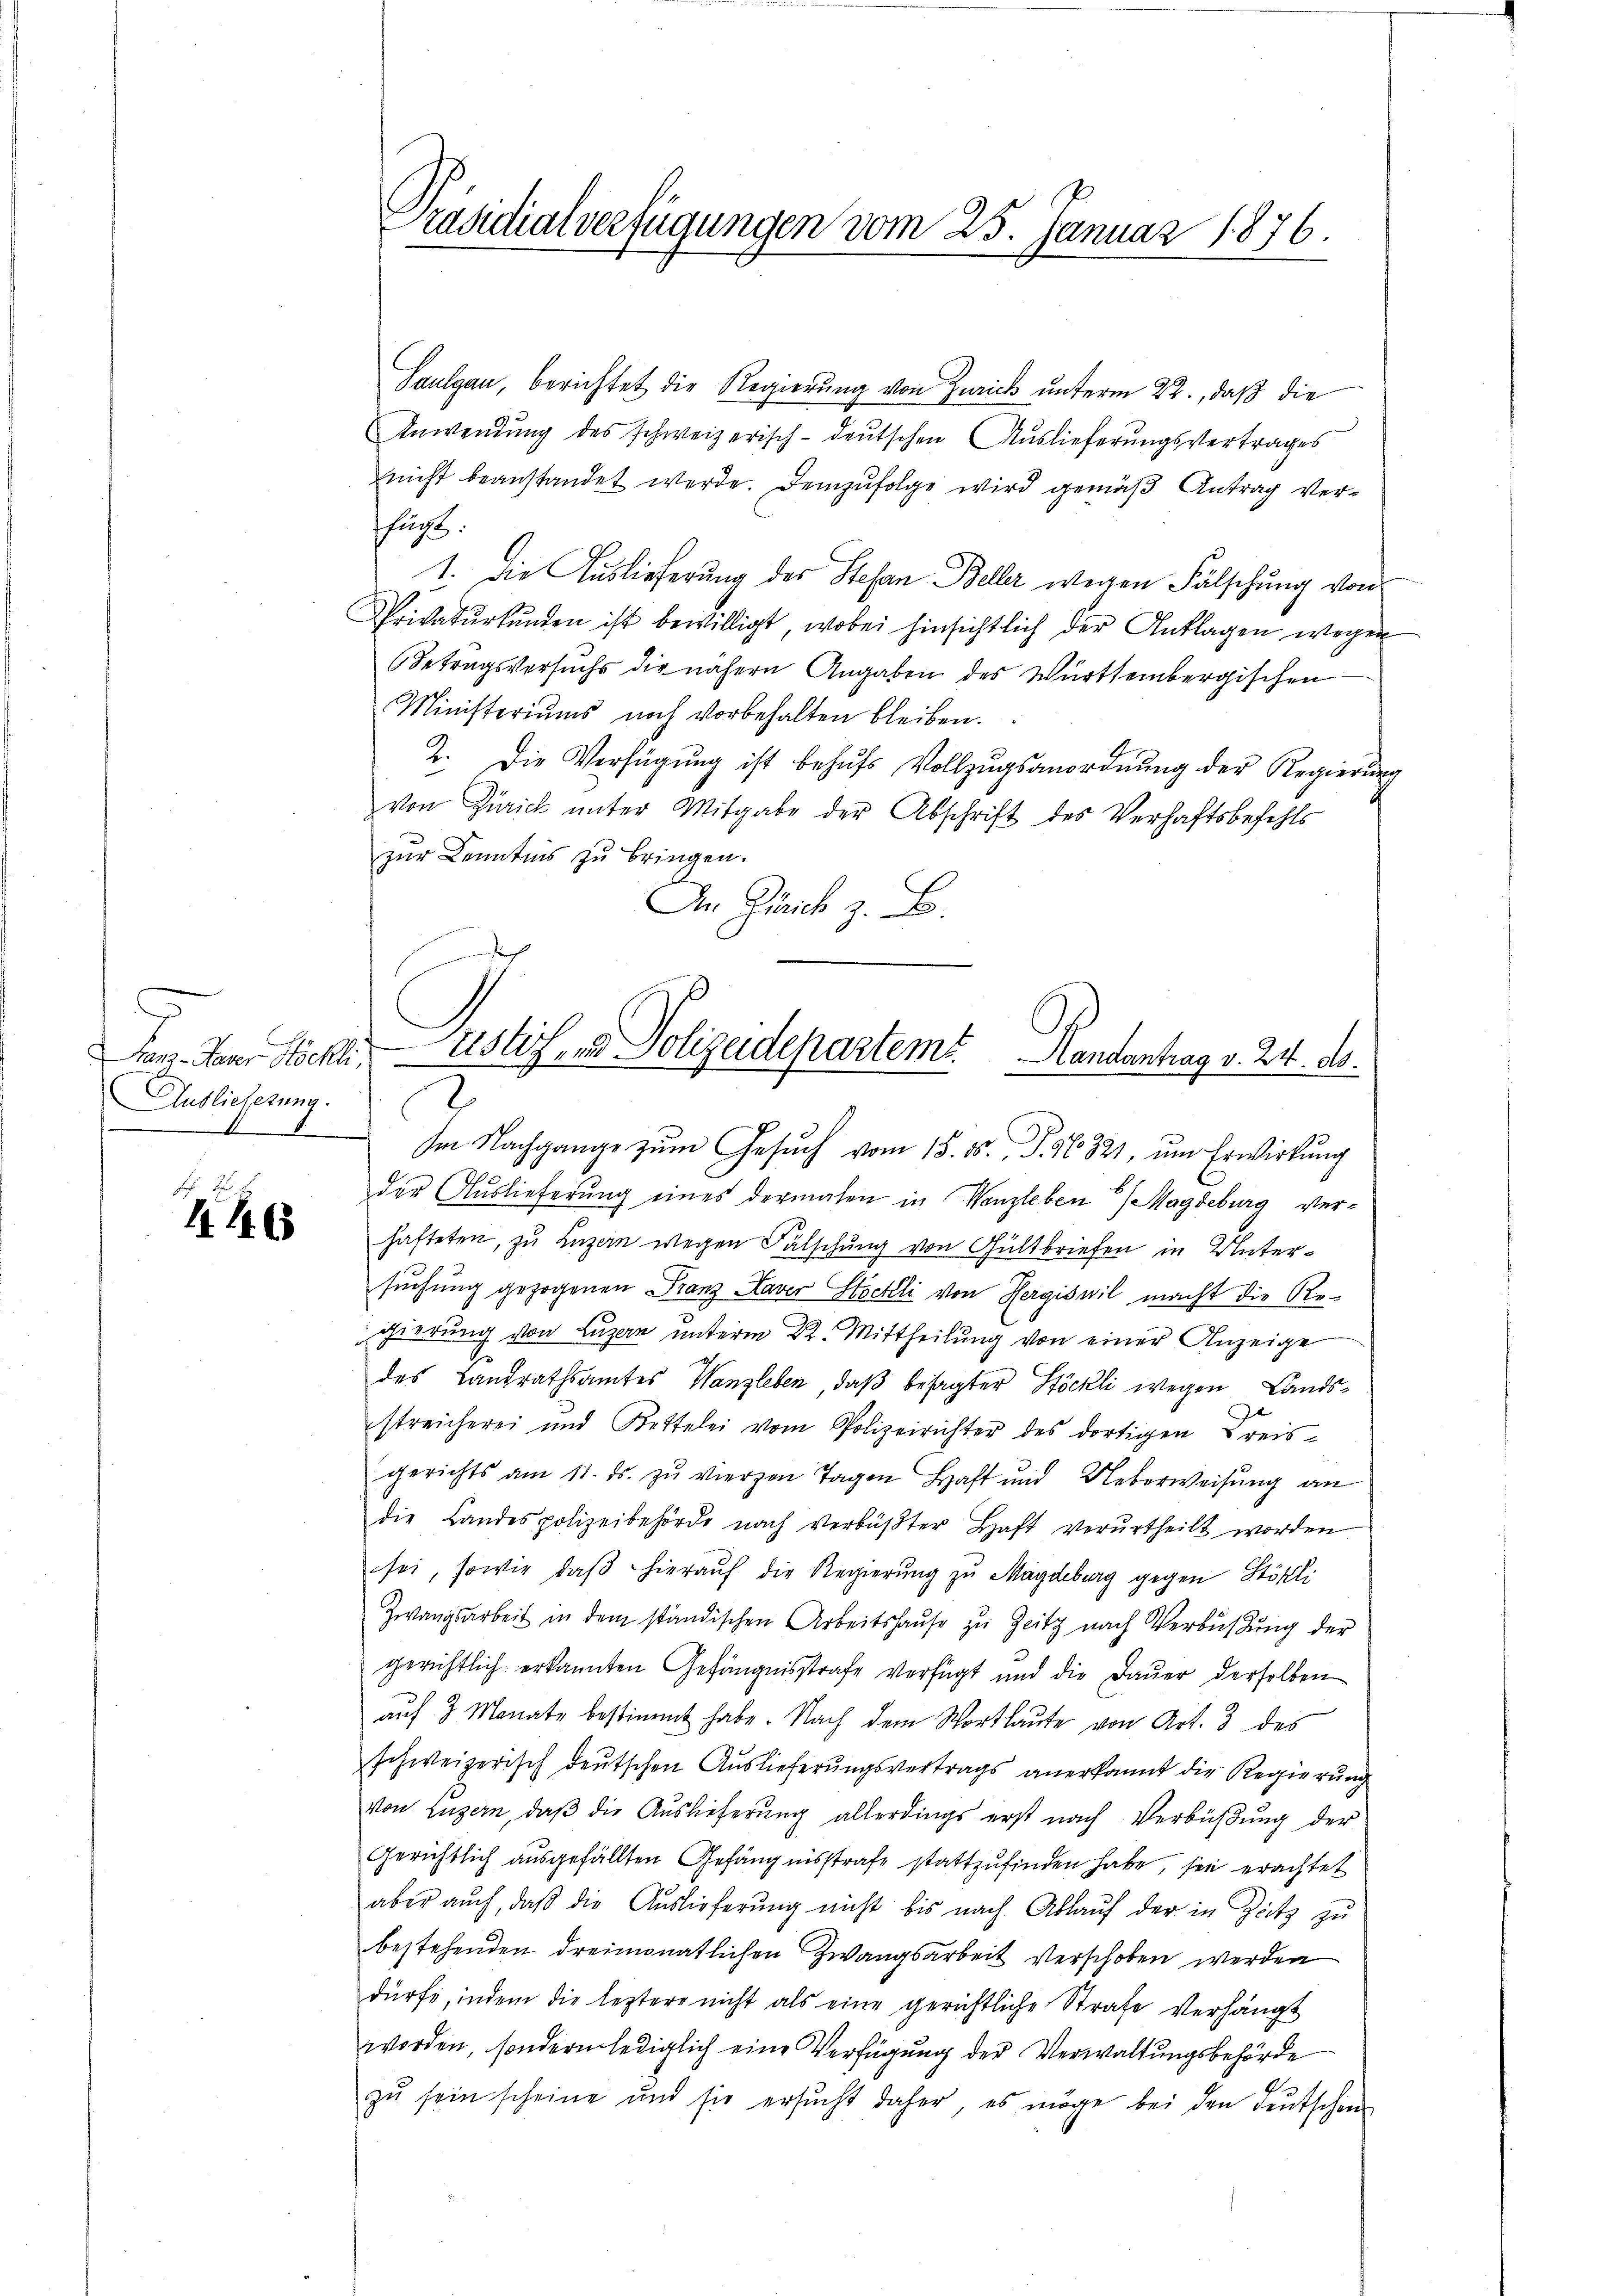
Tanz-Daver Höchli,
Auslieferung.
8

4. 46

Saulgau, berichtet die Regierung von Zürich unterm 22., daß die
Anwendung des schweizerisch-deutschen Auslieferungsvertrages
nicht beanstandet werde. Demzufolge wird gemäß Antrag verfuchs.
1. Die Auslieferung des Stefan Beller wegen Fälschung von
Privatŭrkŭnden ist bewilligt, wobei hinsichtlich der Anklagen wegen
Betragsversuchs die nähern Angaben des Württembergischen
Ministeriums noch vorbehalten bleiben.
2. Die Verfügŭng ist behŭfs Vollzŭgsanordnŭng der Regierŭng
von Zürich ŭnter Mitgabe der Abschrift des Verhaftsbefehls
zur Kenntnis zu bringen.
An Zürich z. B.

Präsidialverfügungen vom 25. Januar 1876.

der Auslieferung eines dermalen in Wanzleben Magdeburg verhafteten, zu Luzern wegen Fälschung von Gültbriefen in Untersuchung gezogenen Franz Haver Stöckli von Hergiswil macht die Regierung von Luzern unterm 22. Mittheilung von einer Anzeige
des Landrathsamtes Wanzleben, daβ besagter Höckli wegen Lands¬
.
streicherei und Kettelei vom Polizeirichter des dortigen Kreisgerichts am 11. ds. zŭ vierzen Tagen Haft und Ueberweisŭng an
die Landespolizeibehörde nach verbŭβter Haft verurtheilt worden
sei, sowie daβ hieraŭf die Regierŭng zu Magdeburg gegen Stökli
Zwangsarbeit in dem ständischen Arbeitshaŭse zu Zeitz nach Verbüßung der
gerichtlich erkannten Gefängnisstrafe verfügt und die Dauer derselben
auf 3 Monate bestimmt habe. Nach dem Wortlaute von Art. 3 des
schweizerisch deutschen Auslieferungsvertrags anerkannt die Regierung
von Luzern, daβ die Auslieferung allerdings erst nach Verbüßung der
Gerichtlich ausgefällten Gefängnisstrafe stattzufinden habe, sie erachtet
aber auch, daβ die Auslieferŭng nicht bis nach Ablaŭf der in Zeitz zŭ
bestehenden dreimonatlichen Zwangsarbeit verschoben werden
dürfe, indem die leztere nicht als eine gerichtliche Strafe Verhängt
worden, sondern lediglich eine Verfügung der Verwaltungsbehörde
d
zŭ sein scheine und sie ersŭcht daher, es möge bei den deutschen

¬
ustiz- & Polizeidepartemt. Handentrag v. 24. ds.
.
Im Nachgange zum Gesuch vom 15. ds. S. 16821, um Erwirkung